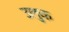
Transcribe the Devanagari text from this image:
उलुक